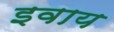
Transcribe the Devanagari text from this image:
इवाय